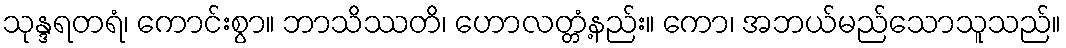
သုန္ဒရတရံ၊ ကောင်းစွာ။ ဘာသိဿတိ၊ ဟောလတ္တံ့နည်း။ ကော၊ အဘယ်မည်သောသူသည်။